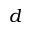
d